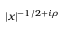
| x | ^ { - 1 / 2 + i \rho }